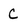
Character: c